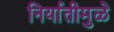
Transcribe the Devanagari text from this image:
निर्यातीमुळे